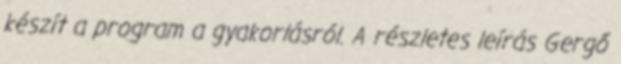
készít a program a gyakorlásról. A részletes leírás Gergő